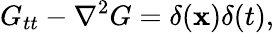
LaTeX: G_{tt}-\nabla^{2}G=\delta(\mathbf{x})\delta(t),